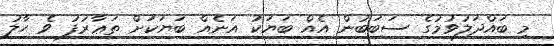
މި ބައްދަލުވުމުގެ ސަބަބުން އެއް ބަޔަކު އަނެއް ބަޔަކަށް ތަޢާރުފު ވެ ޙާލު